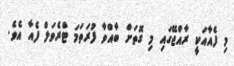
މި ފެއާއަކީ ރާއްޖޭގައި މި ގޮތަށް ބާއްވާ ފުރަތަމަ ޓްރެވަލް ފެއާ އެވެ.